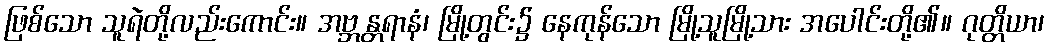
ဖြစ်သော သူရဲတို့လည်းကောင်း။ အဗ္ဘန္တရာနံ၊ မြို့တွင်း၌ နေကုန်သော မြို့သူမြို့သား အပေါင်းတို့၏။ ဂုတ္တိယာ၊